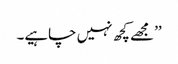
’’مجھے کچھ نہیں چاہیے۔